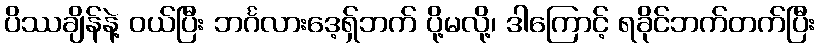
ပိဿချိန်နဲ့ ဝယ်ပြီး ဘင်္ဂလားဒေ့ရှ်ဘက် ပို့မလို့၊ ဒါကြောင့် ရခိုင်ဘက်တက်ပြီး